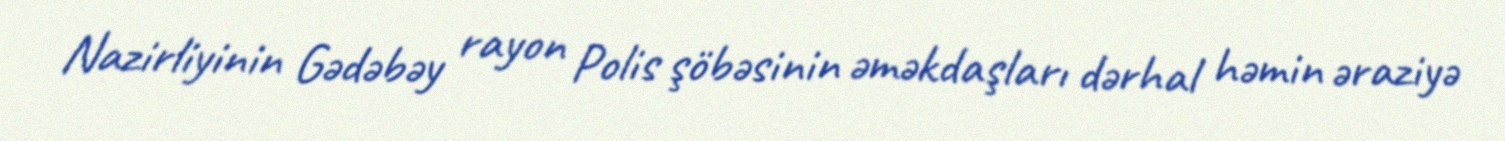
Nazirliyinin Gədəbəy rayon Polis şöbəsinin əməkdaşları dərhal həmin əraziyə